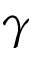
\gamma